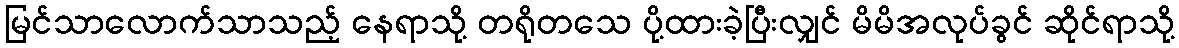
မြင်သာလောက်သာသည့် နေရာသို့ တရိုတသေ ပို့ထားခဲ့ပြီးလျှင် မိမိအလုပ်ခွင် ဆိုင်ရာသို့